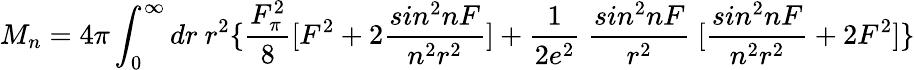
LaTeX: M_{n}=4\pi\int_{0}^{\infty}dr~r^{2}\{ \frac{F_{\pi}^{2}}{8}[F^{2}+2\frac{sin^{2}nF}{n^{2}r^{2}}]+\frac{1}{2e^{2}}~\frac{sin^{2}nF}{r^{2}}~[\frac{sin^{2}nF}{n^{2}r^{2}}+2F^{2}]\}